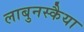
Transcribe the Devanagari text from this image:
लाबुनस्कैया